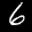
Digit: 6